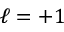
\ell = + 1